Calcutta medical institutions reports 1871-78
Year: 1871
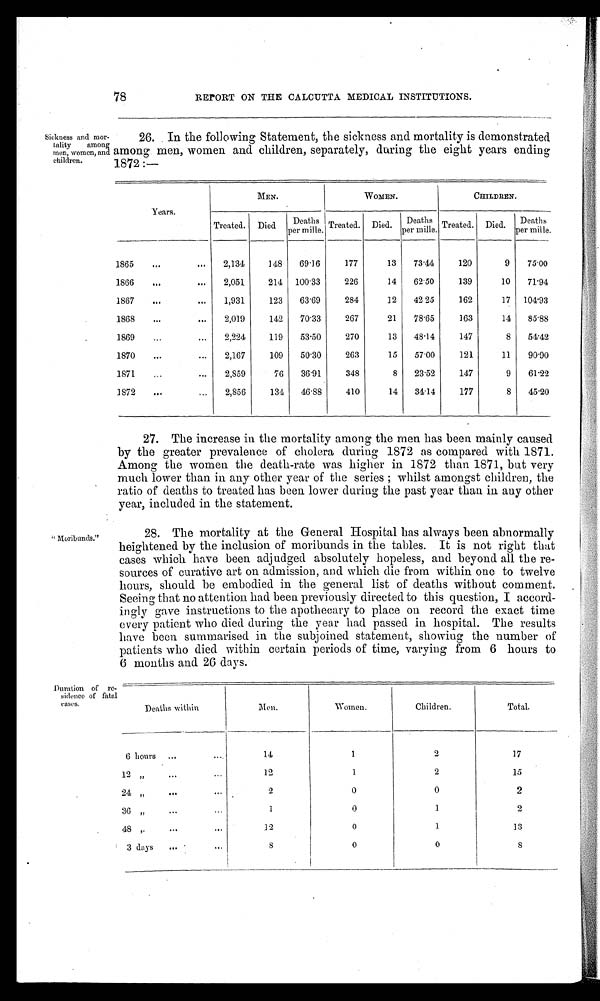
78
REPORT ON THE CALCUTTA MEDICAL INSTITUTIONS.
Sickness and mor
-tality among
men, women, and
children.
26. In the following Statement, the sickness and mortality is demonstrated
among men, women and children, separately, during the eight years ending
1872:—
Years.
MEN.
WOMEN.
CHILDREN.
Treated. Died
Deaths
per mine. Treated . Died.
Deaths
per mille. Treated. Died.
Deaths
per mille.
1865
2,134
148
69.16
177
13
73.44
120
9
75.00
1866
2,051
214 100.33
226
14
62 . 50
139
10
71.94
1867
1,931
123
63.69
284
12
42 25
162
17 104.93
1868
2,019
142
70.33
267
21
78.65
163
14
85.88
1869
2,224
119
53 . 50
270
13
48.4
147
8
54.42
1870
2,167
109
50.30
263
15
57 . 00
121
11
90.90
1871
2,859
76
36.91
348
8
23 . 52
147
9
61.22
1872
2,856
134
46.88
410
14
34. 14
177
8
45.20
27. The increase in the mortality among the men has been mainly caused
by the greater prevalence of cholera during 1872 as compared with 1871.
Among the women the death-rate was higher in 1872 than 1871, but very
much lower than in any other year of the series; whilst amongst children, the
ratio of deaths to treated has been. lower during the past year than in any other
year, included in the statement.
"Moribunds."
28. The mortality at the General Hospital has always been abnormally
heightened by the inclusion of moribunds in the tables. It is not right that
cases which have been adjudged absolutely hopeless, and beyond all the re
-
sources of curative art on admission, and which die from within one to twelve
hours, should be embodied in the general list of deaths without comment
Seeing that no attention had been previously directed to this question, I accord
-
ingly gave instructions to the apothecary to place on record the exact time
every patient who died during the year had passed in hospital. The results
have been summarised in the subjoined. statement, showing the number of
patients who died within certain. periods of time, varying from 6 hours to
6 months and 26 days.
Duration of re
-sidence of fatal
eases.
Deaths within
Men.
Women.
Children.
Total.
6 hours
14
1
2
17
12 "
12
1
2
15
24 ''
2
0
0
2
36 ''
1
0
1
2
48 ''
1 2
0
1
13
3 days
8
0
0
8